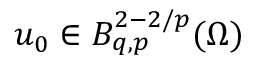
u _ { 0 } \in B _ { q , p } ^ { 2 - 2 / p } ( \Omega )